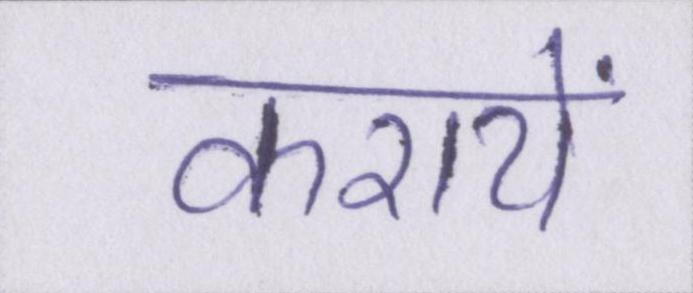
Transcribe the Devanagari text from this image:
करायें